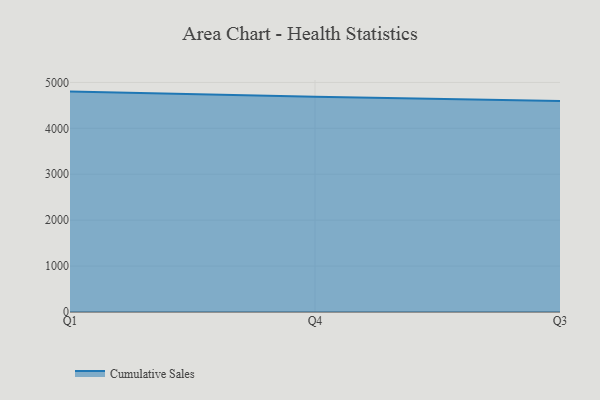
{"axis": {"x": "Quarter", "y": "Energy Usage (MWh)"}, "legend": ["Cumulative Sales"], "data": [{"x": "Q1", "y": 4800.5, "type": "Cumulative Sales"}, {"x": "Q4", "y": 4689.3, "type": "Cumulative Sales"}, {"x": "Q3", "y": 4594.5, "type": "Cumulative Sales"}]}